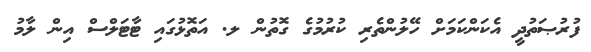
ފުރުޞަތުދީ އެކަންކަމަށް ހޭލުންތެރި ކުރުމުގެ ގޮތުން ލ. އަތޮޅުގައި ޓާޓަލްސް އިން ލާމު